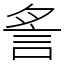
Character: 䚻